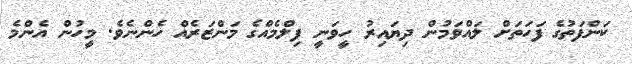
ކަންފަތުގެ ފަހަތަށް ލައްވަމުން ދިޔައިރު ހީވަނީ ފިލްމެއްގެ މަންޒަރެއް ހެންނެވެ. މީހުން އެންމެ